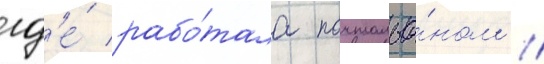
гд'е́ рабо́тала почтальо́ном //